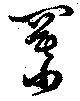
羃